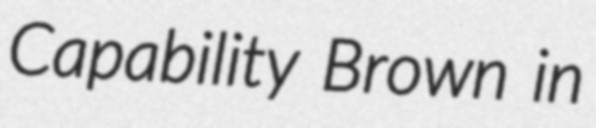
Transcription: Capability Brown in